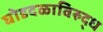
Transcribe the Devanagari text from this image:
घोडदळाविरुद्ध